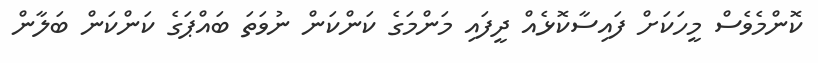
ކޮންމެވެސް މީހަކަށް ފައިސާކޮޅެއް ދީފައި މަންމަގެ ކަންކަން ނުވަތަ ބައްޕަގެ ކަންކަން ބަލާން